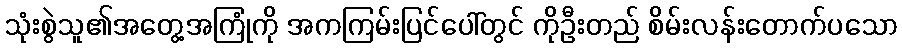
သုံးစွဲသူ၏အတွေ့အကြုံကို အကကြမ်းပြင်ပေါ်တွင် ကိုဦးတည် စိမ်းလန်းတောက်ပသော